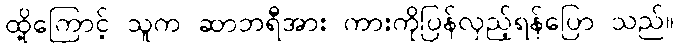
ထို့ကြောင့် သူက ဆာဘရီအား ကားကိုပြန်လှည့်ရန်ပြော သည်။